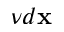
\nu d \mathbf x